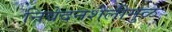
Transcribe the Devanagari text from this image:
निवेदनशैलीमुळे